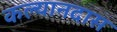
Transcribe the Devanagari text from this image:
कल्यानदास